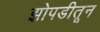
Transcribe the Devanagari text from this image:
झोपडीतून